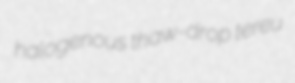
halogenous thaw-drop tereu